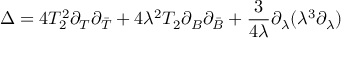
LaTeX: \Delta = 4 T _ { 2 } ^ { 2 } \partial _ { T } \partial _ { \bar { T } } + 4 \lambda ^ { 2 } T _ { 2 } \partial _ { B } \partial _ { \bar { B } } + \frac { 3 } { 4 \lambda } \partial _ { \lambda } ( \lambda ^ { 3 } \partial _ { \lambda } )